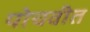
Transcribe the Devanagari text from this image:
पोचवीत